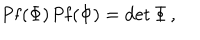
\mathrm { P f } ( \Phi ) \, \mathrm { P f } ( \Phi ) = \det \Phi \, ,